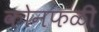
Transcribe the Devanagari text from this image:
कोनफळी